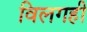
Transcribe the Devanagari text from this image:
विलगही